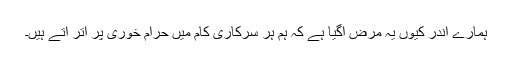
ہمارے اندر کیوں یہ مرض آگیا ہے کہ ہم ہر سرکاری کام میں حرام خوری پر اتر آتے ہیں۔